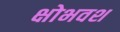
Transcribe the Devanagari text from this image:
क्षोभवश